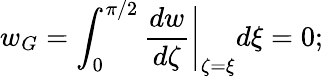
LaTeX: w_{G}=\int_{0}^{\pi/2}\left.\frac{dw}{d\zeta}\right|_{\zeta=\xi}d\xi=0;